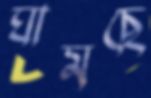
ঘামছে